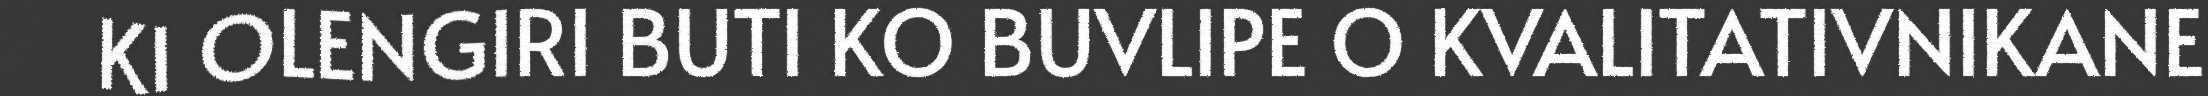
KI OLENGIRI BUTI KO BUVLIPE O KVALITATIVNIKANE